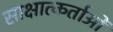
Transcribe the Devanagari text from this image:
साक्षात्कर्ताओं